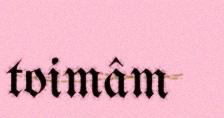
toimâm